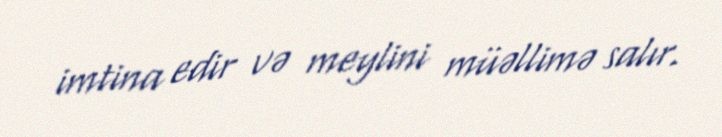
imtina edir və meylini müəllimə salır.